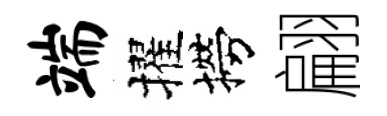
端擢撈翩